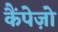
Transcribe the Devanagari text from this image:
कैंपेज़ो